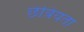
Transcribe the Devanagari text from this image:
छेत्रियता